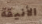
الأنيقة